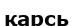
қарсь